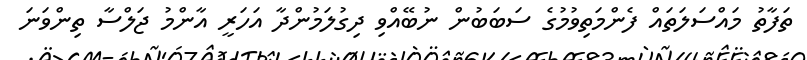
ތަފާތު މައްސަލަތައް ފެންމަތިވުމުގެ ސަބަބުން ނުބޭއްވި ދިގުލަމުންދާ އަހަރީ އާންމު ޖަލްސާ ތިންވަނަ